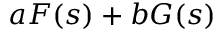
a F ( s ) + b G ( s )